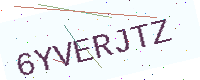
Text: 6YVERJTZ